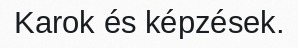
Karok és képzések.